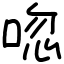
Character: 唿